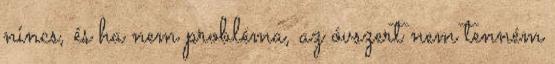
nincs, és ha nem probléma, az óvszert nem tenném